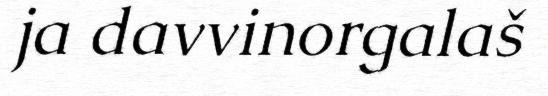
ja davvinorgalaš